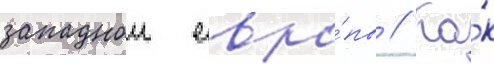
западнои евро́пы // Ка́к